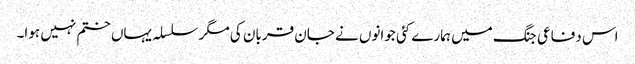
اس دفاعی جنگ میں ہمارے کئی جوانوں نے جان قربان کی مگر سلسلہ یہاں ختم نہیں ہوا۔